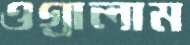
ওগ্‌রালাম